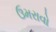
ઉમરાવો